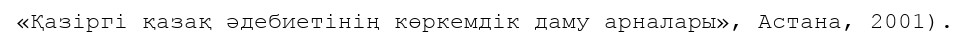
«Қазіргі қазақ әдебиетінің көркемдік даму арналары», Астана, 2001).